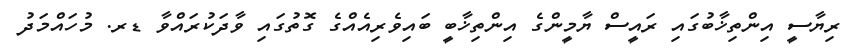
ރިޔާސީ އިންތިޚާބުގައި ރައީސް ޔާމީންގެ އިންތިޚާބީ ބައިވެރިއެއްގެ ގޮތުގައި ވާދަކުރައްވާ ޑރ. މުހައްމަދު